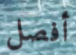
أفصل